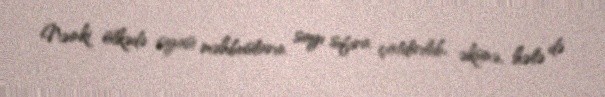
Nəinki ölkədə siyasi məhbusların sayı sıfıra çatdırılıb, əksinə, hələ də